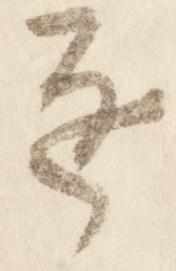
遅